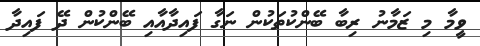
ވީމާ މި ޒަމާނު ރިބާ ބޭންކުތަކުން ނަގާ ފައިދާއާއި ބޭންކުން ދޭ ފައިދާ